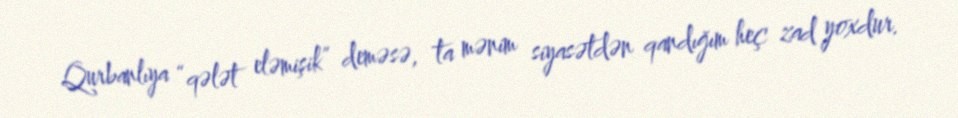
Qurbanlıya “qələt eləmişik” deməsə, ta mənim siyasətdən qandığım heç zad yoxdur.